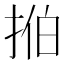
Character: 𫼻